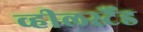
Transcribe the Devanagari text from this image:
व्हीलस्टैंड